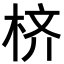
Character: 𪲎